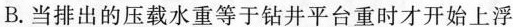
B.当排出的压载水重等于钻井平台重时才开始上浮